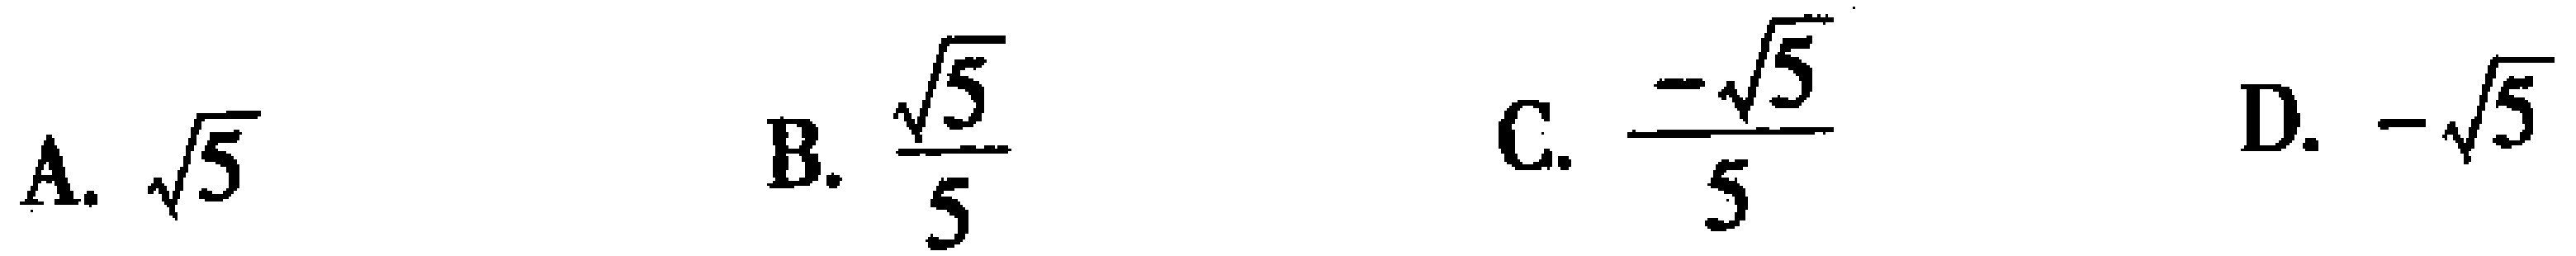
A. $\sqrt{5}$  B. $\frac{\sqrt{5}}{5}$  C. $\frac{-\sqrt{5}}{5}$  D. $-\sqrt{5}$